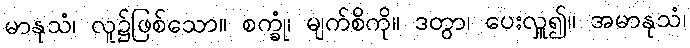
မာနုသံ၊ လူ၌ဖြစ်သော။ စက္ခုံ၊ မျက်စိကို။ ဒတွာ၊ ပေးလှူ၍။ အမာနုသံ၊